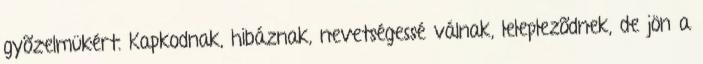
gyõzelmükért. Kapkodnak, hibáznak, nevetségessé válnak, leleplezõdnek, de jön a